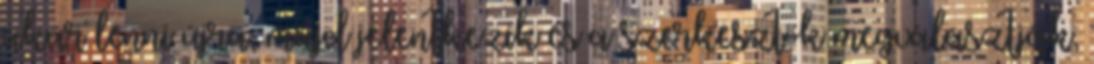
akar lenni újra, majd jelentkezik és a szerkesztők megválasztják,